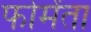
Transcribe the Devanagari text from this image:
फोमेंता